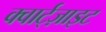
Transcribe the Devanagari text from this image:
क्वार्ट्‌ज़ाइट